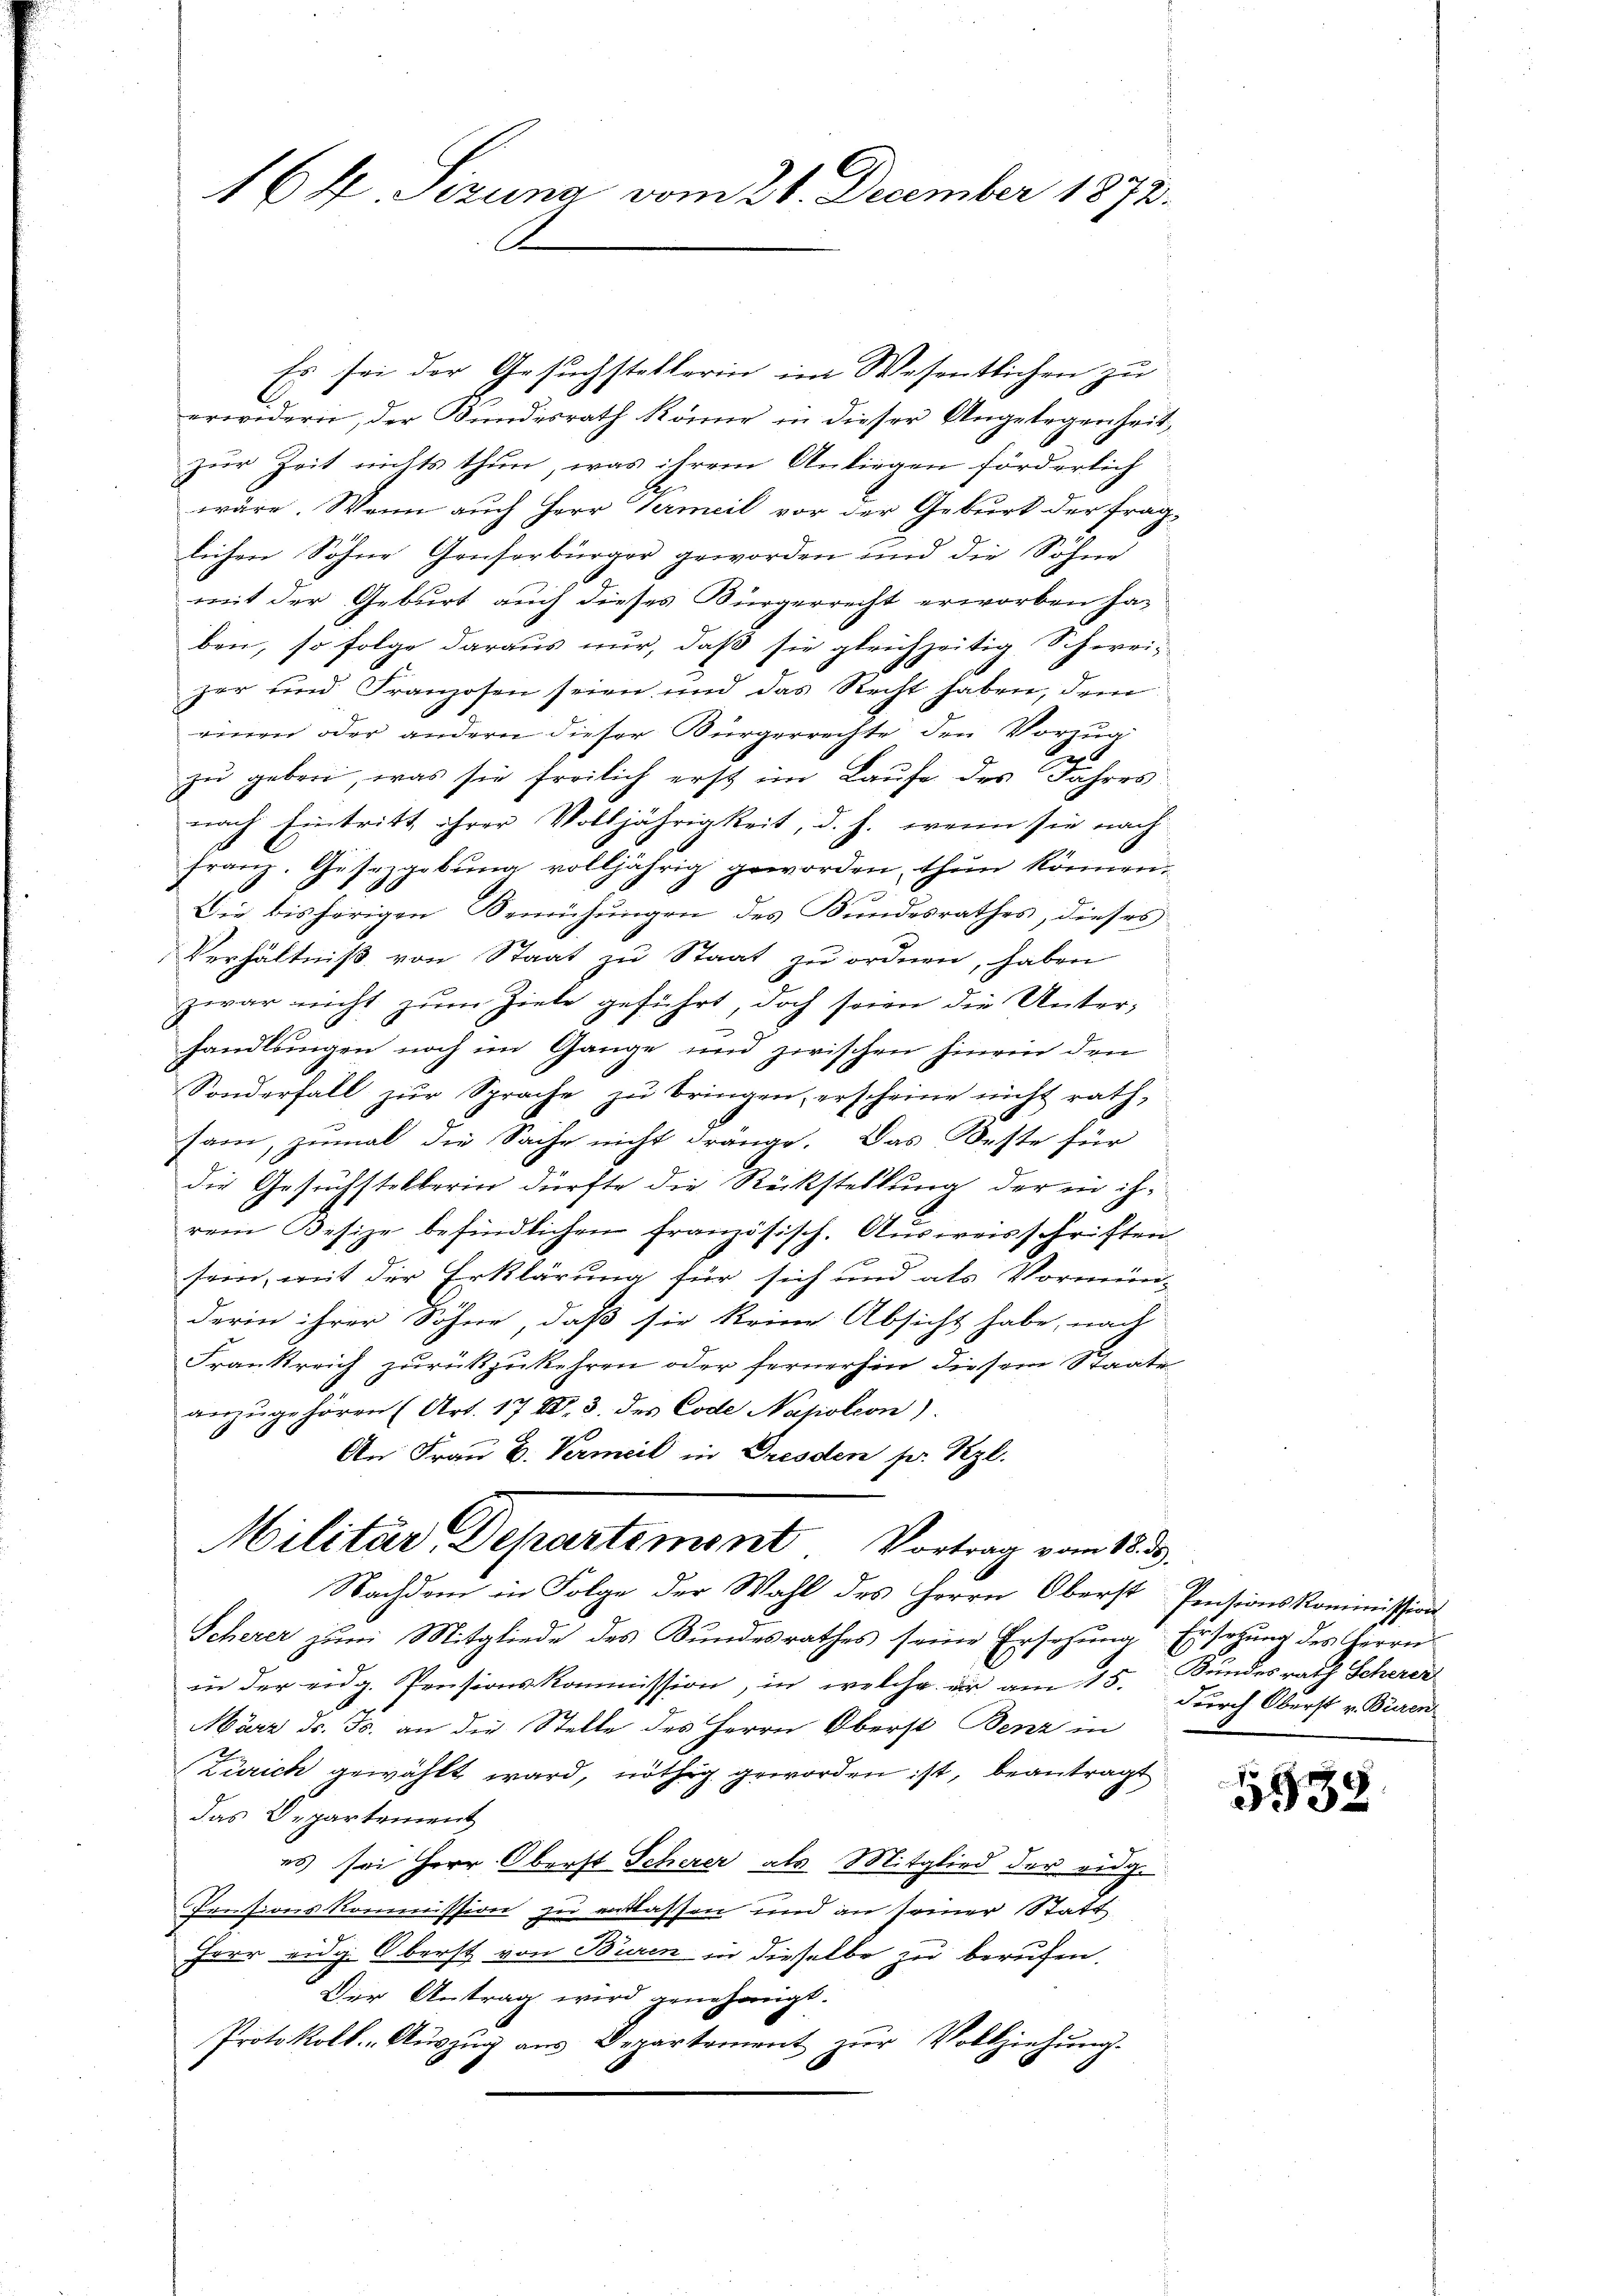
164 Sizung vom 26. December 1872.

Es sei der Gesuchstellerin im Wesentlichen zu
C
erwidern, der Bundesrath könne in dieser Angelegenheit,
zur Zeit nichts thun, was ihrem Anliegen förderlich
wäre. Wann auch Herr Vermeil vor der Geburt der fraglichen Söhne Genserbürger geworden und die Söhne
mit der Geburt auch dieses Bürgerrecht erworben ha-
ben, so folge daraus nur, daß sie gleichzeitig Schwei-
zer und Franzosen seien und das Recht haben, dem
einen oder andern dieser Bürgerrechte den Vorzug
zu geben, was sie freilich erst im Laufe des Jahres
nach Eintritt ihrer Volljährigkeit, d. h. wenn sie nach
Franz. Gesezgebung volljährig geworden, thun können.
Die bisherigen Bemühungen des Bundesrathes, dieses
Verhältniß von Staat zu Staat zu ordnen, haben
zwar nicht zum Ziele geführt, doch seien die Unter-
handlungen noch im Gange und zwischen hinein den
Sonderfall zŭr Sprache zŭ bringen, erscheine nicht rath,
sam, zumal die Sache nicht dränge. Das Beste für
die Gesuchstellerin dürfte die Rückstellung der in ihrem Besize befindlichen französisch. Ausweisschriften
sein, mit der Erklärung für sich und als Vormünderin ihrer Söhne, daß sie keine Absicht habe, nach
Frankreich zurückzukehren oder fernerhin diesem Staate
anzŭgehören (Art. 172. 3. des Code Napoleon).
An Frau B. Vermeil in Dresden pr. Kzl.
Militär Departemont Vortrag vom 18.
Nachdem in Folge der Wahl des Herrn Oberst Pensionskommission
Scherer zum Mitgliede des Bundesrathes seine Ersehung Ersetzung des Herrn
in der eidg. Pensionskommission, in welche er am 15. Kindesrath Scherer
März d. Js. an die Stelle des Herrn Oberst Benz in
B
Zürich gewählt ward, nöthig geworden ist, beantragt
das Departement
es sei Herr Oberst Scherer als Mitglied der eidg.
Pensionskommission zu erlassen und an seiner Statt
Herr eidg. Oberst von Buren in dieselbe zu berufen.
Der Antrag wird genehmigt.
Protokoll-Aŭszŭg aŭs Departement zŭr Vollziehŭng.

durch Oberst v. Büren

1338